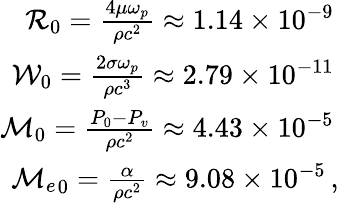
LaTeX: \begin{array}{r}{{\cal R}_{0}=\frac{4\mu\omega_{p}}{\rho c^{2}}\approx 1.14\times 10^{-9}\, }\\ {{\cal W}_{0}=\frac{2\sigma\omega_{p}}{\rho c^{3}}\approx 2.79\times 10^{-11}\, }\\ {{\cal M}_{0}=\frac{P_{0}-P_{v}}{\rho c^{2}}\approx 4.43\times 10^{-5}\, }\\ {{{\cal M}_{e}}_{0}=\frac{\alpha}{\rho c^{2}}\approx 9.08\times 10^{-5}\, ,}\end{array}